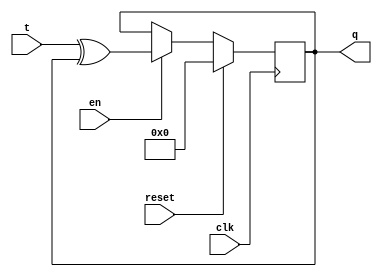
module xup_tff_en_reset_vector#(parameter SIZE = 4 , DELAY = 3)(
   input [SIZE-1:0] t,
   input clk,
   input en,
   input reset,
   output [SIZE-1:0] q
   );
   reg [SIZE-1:0] q;
   initial q = 0;
   
   always @(posedge clk)
   begin 
       if(reset)
           q[SIZE-1:0] <= #DELAY 0;
       else if(en)
           q[SIZE-1:0] <= #DELAY t[SIZE-1:0]^q[SIZE-1:0];            
   end
   
endmodule